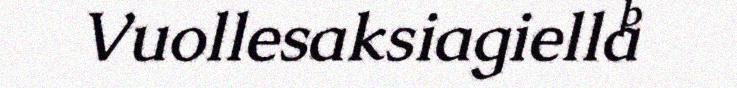
Vuollesaksiagiella